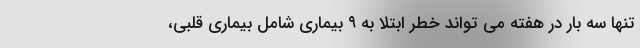
تنها سه بار در هفته می تواند خطر ابتلا به ۹ بیماری شامل بیماری قلبی،